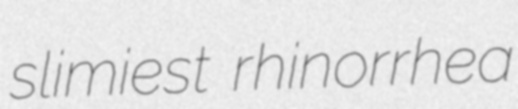
slimiest rhinorrhea